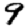
Digit: 9